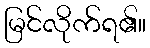
မြင်လိုက်ရ၏။